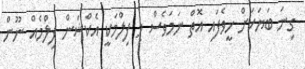
ގިނަ ބަޔަކަށް ހީވެފައި އޮތް ނަމަވެސް މި ފިލްމަކީ އެކްޝަން ފިލްމެއް ނޫން